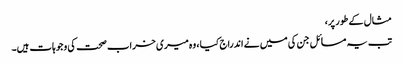
مثال کے طور پر،
تب یہ مسائل جن کی میں نے اندراج کیا ، وہ میری خراب صحت کی وجوہات ہیں۔